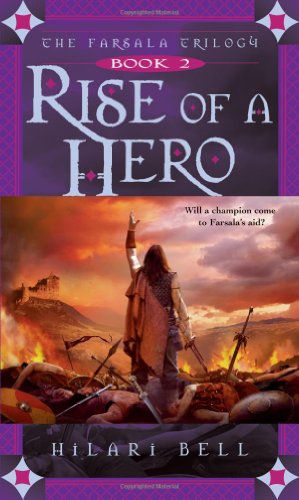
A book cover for Rise of a Hero (The Farsala Trilogy); Hilari Bell; Teen & Young Adult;